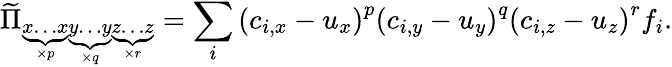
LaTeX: \widetilde{\Pi}_{\underbrace{x\dots x}_{\times p}\underbrace{y\dots y}_{\times q}\underbrace{z\dots z}_{\times r}}=\sum_{i}{\left(c_{i,x}-u_{x}\right)}^{p}{\left(c_{i,y}-u_{y}\right)}^{q}{\left(c_{i,z}-u_{z}\right)}^{r}f_{i}.